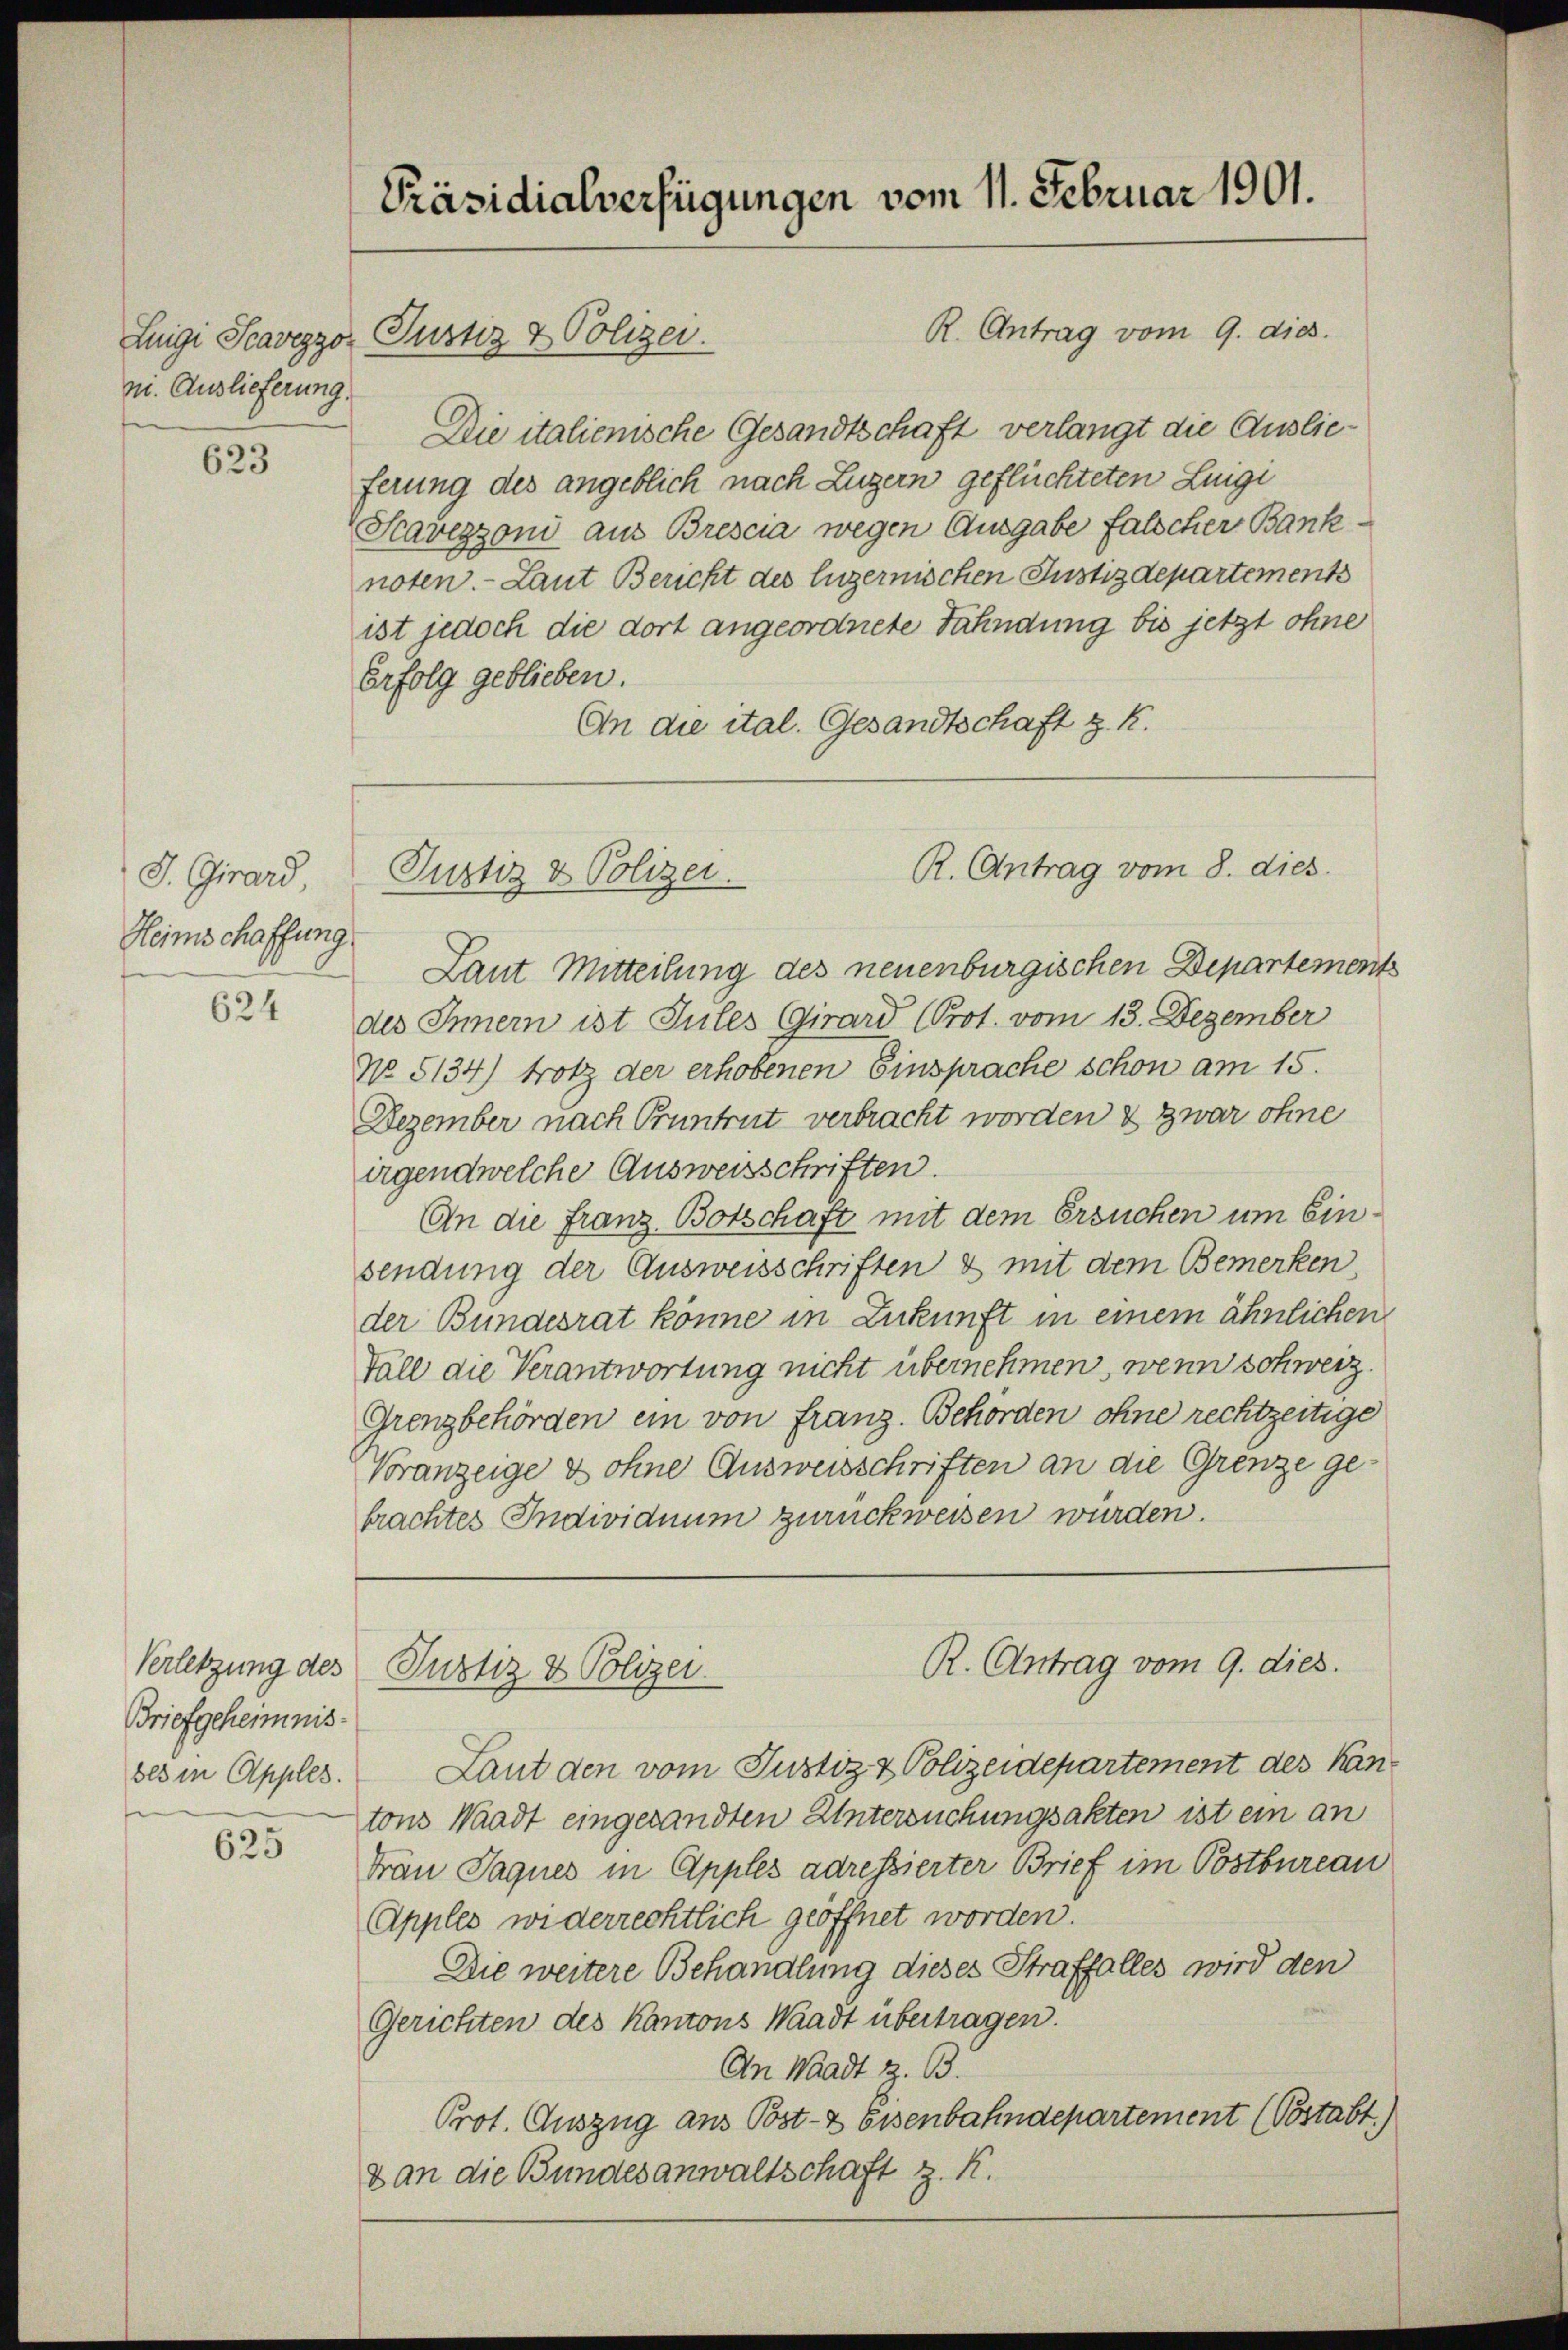
ni. Auslieferung.

623

J. Girard,
Heimschaffung

624

Verletzung des
Briefgeheimnisses in Apples.

625

Präsidialverfügungen vom 11. Februar 1901.
R. Antrag vom 9. dies.
Luigi Scavezzo Justiz & Polizei.

Die italienische Gesandtschaft verlangt die Auslieferung des angeblich nach Luzern geflüchteten Luigi
Scavezzoni aus Brescia wegen Ausgabe falscher Bank
noten. Laut Bericht des luzernischen Justizdepartement
ist jedoch die dort angeordnete Fahndung bis jetzt ohne
Erfolg geblieben.
An die ital. Gesandtschaft z. K.

R. Antrag vom 8. dies
Justiz & Polizei.

Laut Mitteilung des neuenburgischen Departements
des Innern ist Sules Girard (Prot. vom 13. Dezember
No 5134) trotz der erhobenen Einsprache schon am 15.
Dezember nach Pruntrut verbracht worden & zwar ohne
irgendwelche Ausweisschriften.
An die Franz Botschaft mit dem Ersuchen um Einsendung der Ausweisschriften & mit dem Bemerken,
der Bundesrat könne in Zukunft in einem ähnlichen
Fall die Verantwortung nicht übernehmen, wenn schweiz.
Grenzbehörden ein von Franz. Behörden ohne rechtzeitige
Voranzeige & ohne Ausweisschriften an die Grenze gebrachtes Individuum zurückweisen wurden.

Justiz & Polizei.

R. Antrag vom 9. dies.

Laut den vom Justiz & Polizeidepartement des Kan-
tons Waadt eingesandten Untersuchungsakten ist ein an
Frau Jaques in Apples adressierter Brief im Postbureau
Apples widerrechtlich geöffnet worden.
Die weitere Behandlung dieses Straffalles wird den
Gerichten des Kantons Waadt übertragen.
An Waadt z. B.
Prot. Auszug aus Post- & Eisenbahndepartement (Postabt)
8 an die Bundesanwaltschaft z. K.